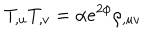
T _ { , u } T _ { , v } = \alpha e ^ { 2 \phi } \rho _ { , u v }